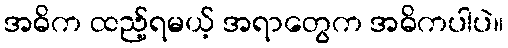
အဓိက ထည့်ရမယ့် အရာတွေက အဓိကပါပဲ။